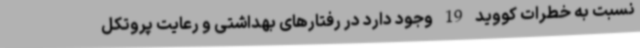
نسبت به خطرات کووید 19 وجود دارد در رفتارهای بهداشتی و رعایت پروتکل